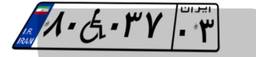
۸۰W۰۳۷۰۳